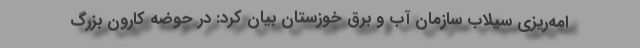
امه‌ریزی سیلاب سازمان آب و برق خوزستان بیان کرد: در حوضه کارون بزرگ